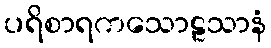
ပရိစာရကသောဠသာနံ